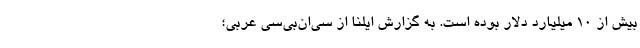
بیش از 10 میلیارد دلار بوده است. به گزارش ایلنا از سی‌ان‌بی‌سی عربی؛